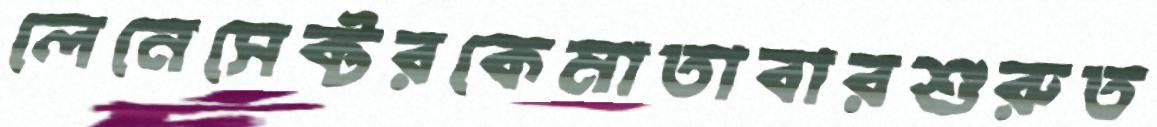
লেনেসেক্টরকেমাতাবারশুরুত